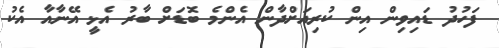
ފަހުދު ޑައިވިން އިން ކުރިއަށްދާން އެންމެ ބޮޑަށް ބާރު އެޅީ އޭނާއާ އެކު